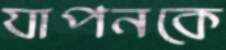
যাপনকে